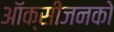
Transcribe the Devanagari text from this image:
ऑक्सीजनको